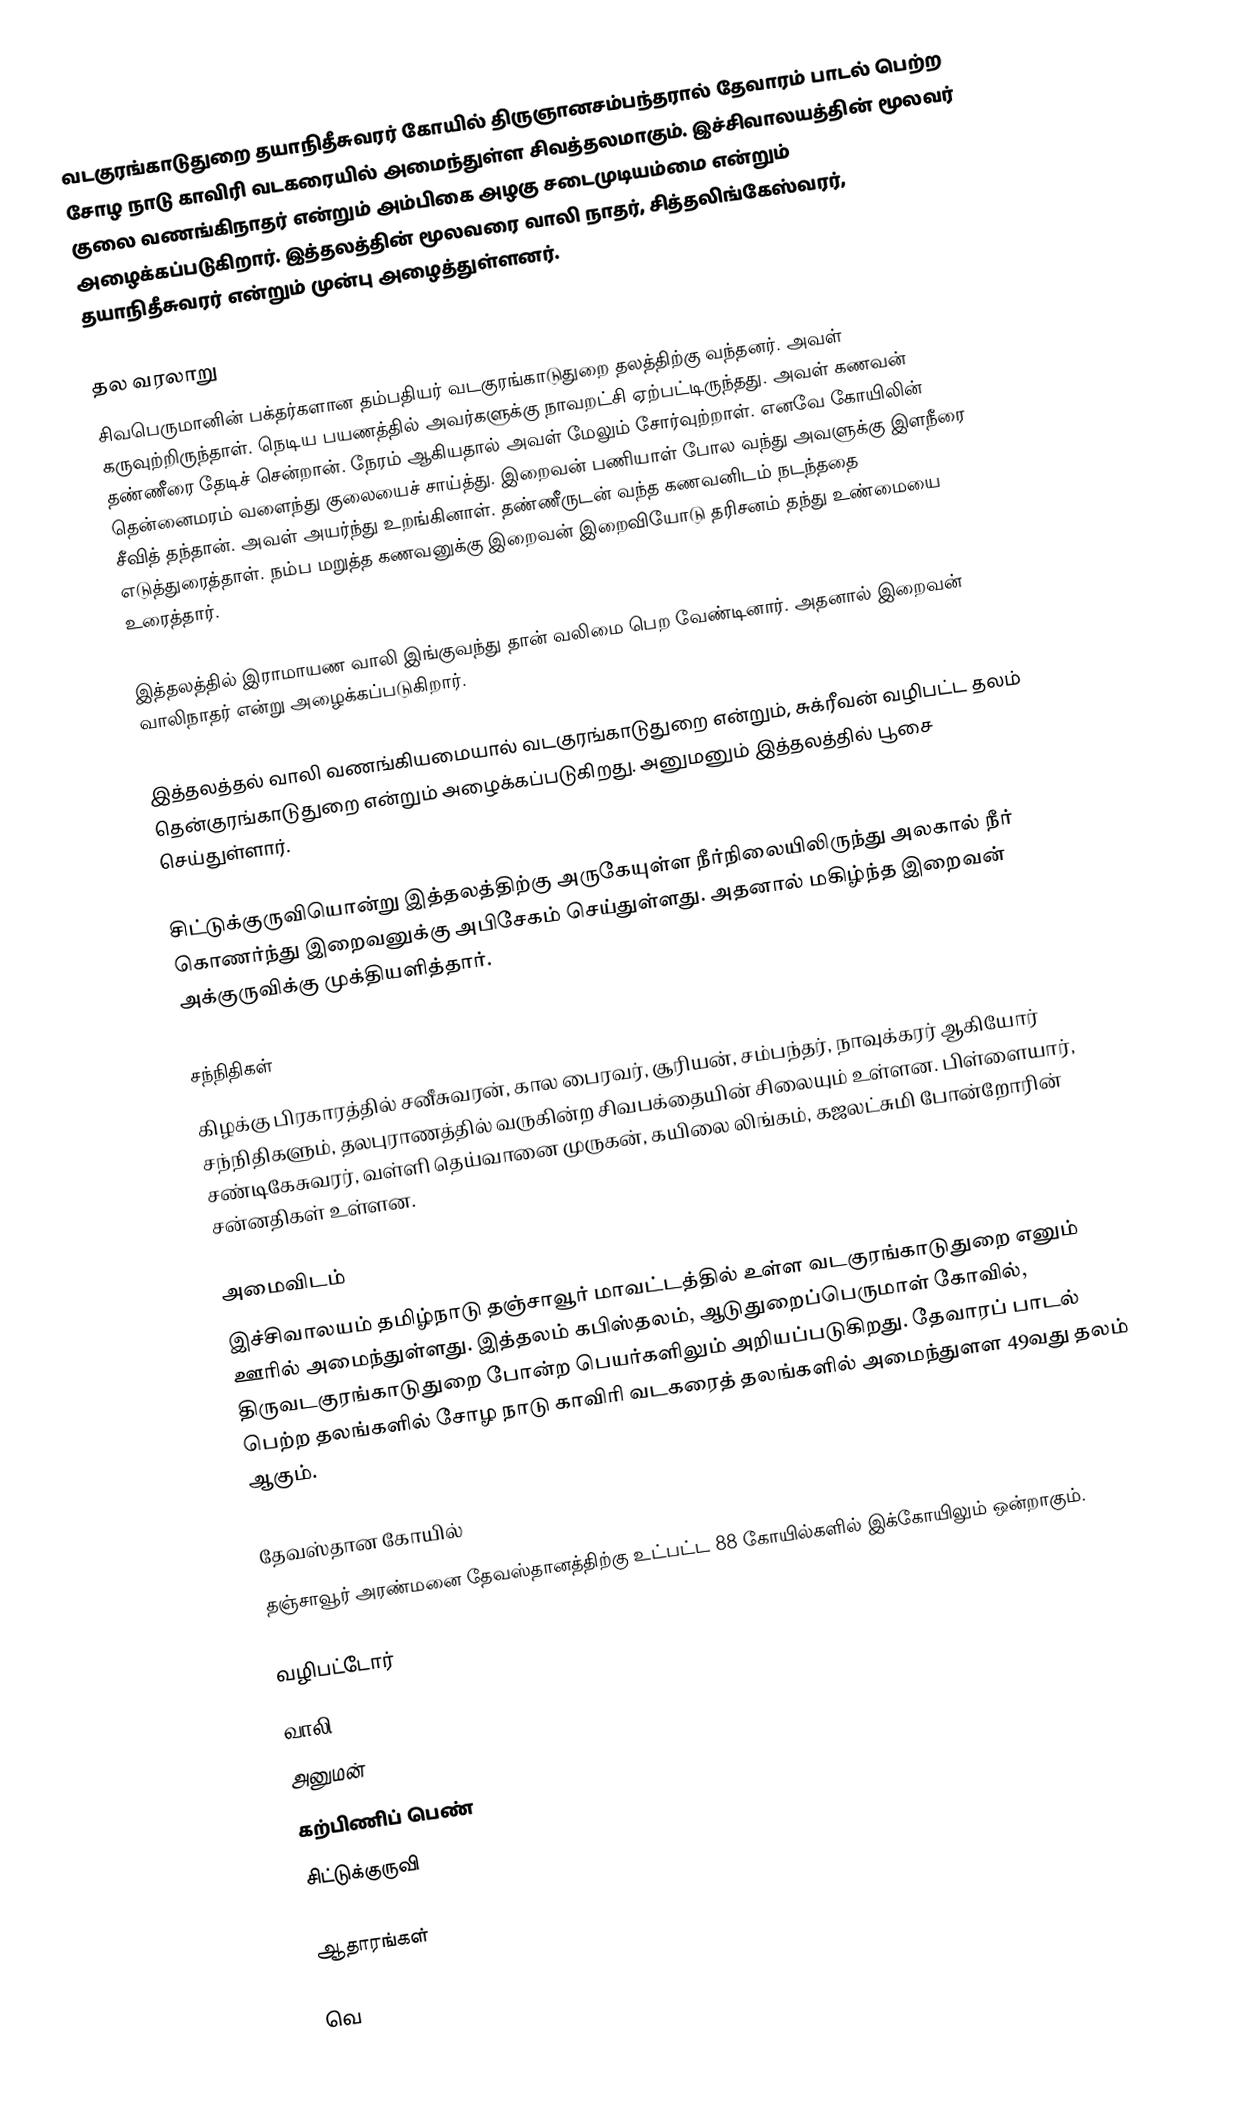
வடகுரங்காடுதுறை தயாநிதீசுவரர் கோயில் திருஞானசம்பந்தரால் தேவாரம் பாடல் பெற்ற சோழ நாடு காவிரி வடகரையில் அமைந்துள்ள சிவத்தலமாகும். இச்சிவாலயத்தின் மூலவர் குலை வணங்கிநாதர் என்றும் அம்பிகை அழகு சடைமுடியம்மை என்றும் அழைக்கப்படுகிறார். இத்தலத்தின் மூலவரை வாலி நாதர், சித்தலிங்கேஸ்வரர், தயாநிதீசுவரர் என்றும் முன்பு அழைத்துள்ளனர்.

தல வரலாறு
 சிவபெருமானின் பக்தர்களான தம்பதியர் வடகுரங்காடுதுறை தலத்திற்கு வந்தனர். அவள் கருவுற்றிருந்தாள். நெடிய பயணத்தில் அவர்களுக்கு நாவறட்சி ஏற்பட்டிருந்தது. அவள் கணவன் தண்ணீரை தேடிச் சென்றான். நேரம் ஆகியதால் அவள் மேலும் சோர்வுற்றாள். எனவே கோயிலின் தென்னைமரம் வளைந்து குலையைச் சாய்த்து. இறைவன் பணியாள் போல வந்து அவளுக்கு இளநீரை சீவித் தந்தான். அவள் அயர்ந்து உறங்கினாள். தண்ணீருடன் வந்த கணவனிடம் நடந்ததை எடுத்துரைத்தாள். நம்ப மறுத்த கணவனுக்கு இறைவன் இறைவியோடு தரிசனம் தந்து உண்மையை உரைத்தார்.

இத்தலத்தில் இராமாயண வாலி இங்குவந்து தான் வலிமை பெற வேண்டினார். அதனால் இறைவன் வாலிநாதர் என்று அழைக்கப்படுகிறார்.

இத்தலத்தல் வாலி வணங்கியமையால் வடகுரங்காடுதுறை என்றும், சுக்ரீவன் வழிபட்ட தலம் தென்குரங்காடுதுறை என்றும் அழைக்கப்படுகிறது. அனுமனும் இத்தலத்தில் பூசை செய்துள்ளார்.

சிட்டுக்குருவியொன்று இத்தலத்திற்கு அருகேயுள்ள நீர்நிலையிலிருந்து அலகால் நீர் கொணர்ந்து இறைவனுக்கு அபிசேகம் செய்துள்ளது. அதனால் மகிழ்ந்த இறைவன் அக்குருவிக்கு முக்தியளித்தார்.

சந்நிதிகள்
கிழக்கு பிரகாரத்தில் சனீசுவரன், கால பைரவர், சூரியன், சம்பந்தர், நாவுக்கரர் ஆகியோர் சந்நிதிகளும், தலபுராணத்தில் வருகின்ற சிவபக்தையின் சிலையும் உள்ளன. பிள்ளையார், சண்டிகேசுவரர், வள்ளி தெய்வானை முருகன், கயிலை லிங்கம், கஜலட்சுமி போன்றோரின் சன்னதிகள் உள்ளன.

அமைவிடம்
இச்சிவாலயம் தமிழ்நாடு தஞ்சாவூர் மாவட்டத்தில் உள்ள வடகுரங்காடுதுறை எனும் ஊரில் அமைந்துள்ளது. இத்தலம் கபிஸ்தலம், ஆடுதுறைப்பெருமாள் கோவில், திருவடகுரங்காடுதுறை போன்ற பெயர்களிலும் அறியப்படுகிறது. தேவாரப் பாடல் பெற்ற தலங்களில் சோழ நாடு காவிரி வடகரைத் தலங்களில் அமைந்துளள 49வது தலம் ஆகும்.

தேவஸ்தான கோயில்
தஞ்சாவூர் அரண்மனை தேவஸ்தானத்திற்கு  உட்பட்ட 88 கோயில்களில் இக்கோயிலும் ஒன்றாகும்.

வழிபட்டோர்
 வாலி
 அனுமன்
 கற்பிணிப் பெண்
 சிட்டுக்குருவி

ஆதாரங்கள்

வெ